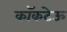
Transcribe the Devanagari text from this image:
कॉकटेऊ